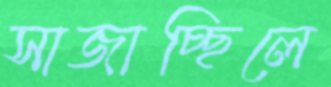
সাজাচ্ছিলে